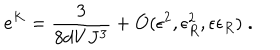
e ^ { K } = \frac { 3 } { 8 d V J ^ { 3 } } + { \cal O } ( \epsilon ^ { 2 } , \epsilon _ { R } ^ { 2 } , \epsilon \epsilon _ { R } ) \; .